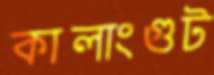
কালাংগুট